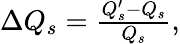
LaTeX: \begin{array}{r}{\Delta Q_{s}=\frac{Q_{s}^{\prime}-Q_{s}}{Q_{s}},}\end{array}